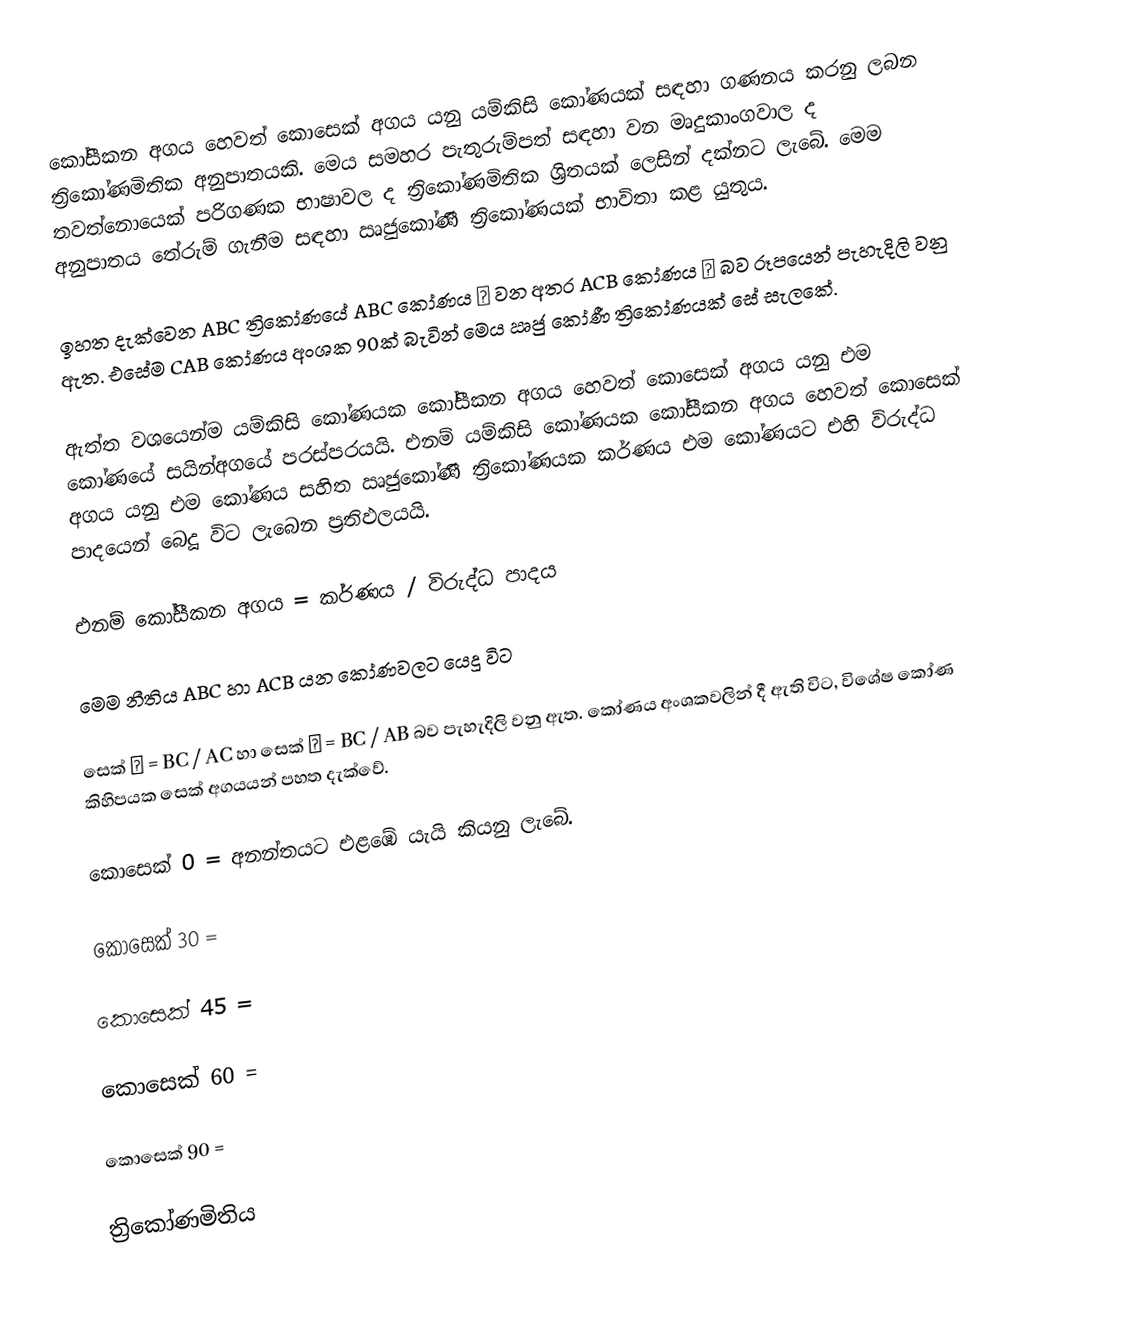
කෝසීකන අගය හෙවත් කොසෙක් අගය යනු යම්කිසි කෝණයක් සඳහා ගණනය කරනු ලබන ත්‍රිකෝණමිතික අනුපාතයකි.  මෙය  සමහර පැතුරුම්පත් සඳහා වන මෘදුකාංගවාල ද තවත්නොයෙක් පරිගණක භාෂාවල ද ත්‍රිකෝණමිතික ශ්‍රිතයක් ලෙසින් දක්නට ලැබේ.  මෙම අනුපාතය තේරුම් ගැනීම සඳහා ඍජුකෝණී ත්‍රිකෝණයක් භාවිතා කළ යුතුය.

ඉහත දැක්වෙන ABC ත්‍රිකෝණයේ ABC කෝණය α  වන අතර ACB කෝණය β  බව රූපයෙන් පැහැදිලි වනු ඇත. එසේම CAB කෝණය අංශක 90ක් බැවින් මෙය ඍජු කෝණී ත්‍රිකෝණයක් සේ සැලකේ.

ඇත්ත වශයෙන්ම යම්කිසි කෝණයක කෝසීකන අගය හෙවත් කොසෙක් අගය යනු එම කෝණයේ සයින්අගයේ පරස්පරයයි. එනම් යම්කිසි කෝණයක කෝසීකන අගය හෙවත් කොසෙක් අගය යනු එම කෝණය සහිත ඍජුකෝණී ත්‍රිකෝණයක කර්ණය එම කෝණයට එහි විරුද්ධ පාදයෙන් බෙදූ  විට ලැබෙන ප්‍රතිඵලයයි.

එනම් කෝසීකන අගය = කර්ණය  / විරුද්ධ පාදය

මෙම නීතිය ABC හා ACB යන කෝණවලට යෙදූ විට

සෙක් α  = BC / AC   හා  සෙක් β  =  BC / AB බව පැහැදිලි වනු ඇත. කෝණය අංශකවලින් දී ඇති විට, විශේෂ කෝණ කිහිපයක සෙක් අගයයන් පහත දැක්වේ.

කොසෙක් 0   = අනන්තයට එළඹේ යැයි කියනු ලැබේ.

කොසෙක් 30 =

කොසෙක් 45 =

කොසෙක් 60 =

කොසෙක් 90 =

ත්‍රිකෝණමිතිය